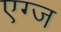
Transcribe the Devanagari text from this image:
एग्ज